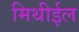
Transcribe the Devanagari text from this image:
मिथीईल